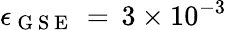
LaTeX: \epsilon_{\mathrm{~G~S~E~}}\, =\, 3\times 10^{-3}